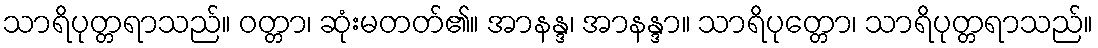
သာရိပုတ္တရာသည်။ ဝတ္တာ၊ ဆုံးမတတ်၏။ အာနန္ဒ၊ အာနန္ဒာ။ သာရိပုတ္တော၊ သာရိပုတ္တရာသည်။